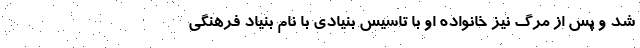
شد و پس از مرگ نیز خانواده او با تاسیس بنیادی با نام بنیاد فرهنگی